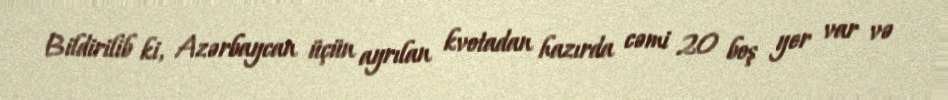
Bildirilib ki, Azərbaycan üçün ayrılan kvotadan hazırda cəmi 20 boş yer var və